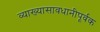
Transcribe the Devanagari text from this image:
व्याख्यासावधानीपूर्वक